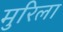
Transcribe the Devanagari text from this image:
मुरिला